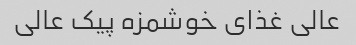
عالی غذای خوشمزه پیک عالی